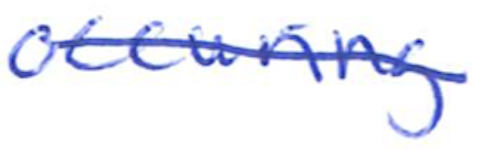
Text: occurring
Cross-out: diagonal
Writing tool: ballpoint